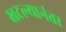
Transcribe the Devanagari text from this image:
खटल्यानंतर